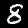
Label: 8